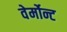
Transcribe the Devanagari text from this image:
वेर्मोन्ट